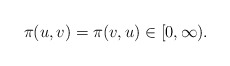
\begin{align*}\pi(u,v)=\pi(v,u)\in[0,\infty).\end{align*}